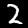
Label: 2